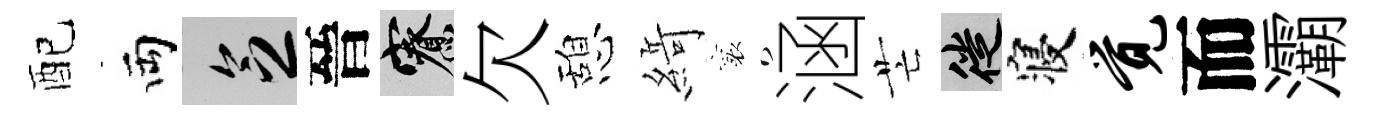
配両乏晉寮欠憩𦂶襄涵芒徙寝觉而灞